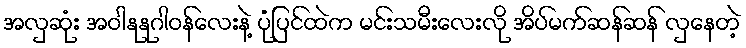
အလှဆုံး အဝါနုနုဂါဝန်လေးနဲ့ ပုံပြင်ထဲက မင်းသမီးလေးလို အိပ်မက်ဆန်ဆန် လှနေတဲ့